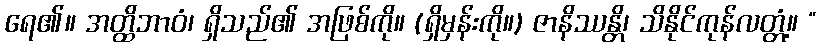
ရေ၏။ အတ္ထိဘာဝံ၊ ရှိသည်၏ အဖြစ်ကို။ (ရှိမှန်းကို။) ဇာနိဿန္တိ၊ သိနိုင်ကုန်လတ္တံ့။ “